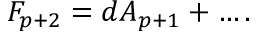
F _ { p + 2 } = d A _ { p + 1 } + \ldots .